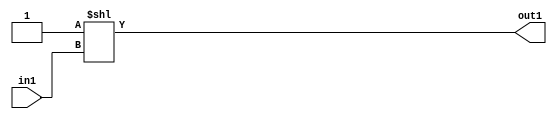
`timescale 1ps / 1ps
/*****************************************************************************
    Verilog RTL Description
    
    
    Created by: Stratus DpOpt 2019.1.01 
*******************************************************************************/

module GauFilter_DECODE_2U_5_4 (
	in1,
	out1
	); /* architecture "behavioural" */ 
input  in1;
output [1:0] out1;
wire [1:0] asc001;

assign asc001 = 2'B01 << in1;

assign out1 = asc001;
endmodule

/* CADENCE  urb5Swg= : u9/ySgnWtBlWxVPRXgAZ4Og= ** DO NOT EDIT THIS LINE ******/